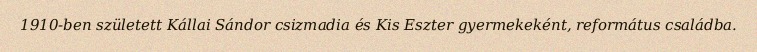
1910-ben született Kállai Sándor csizmadia és Kis Eszter gyermekeként, református családba.